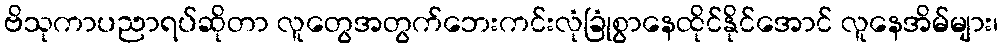
ဗိသုကာပညာရပ်ဆိုတာ လူတွေအတွက်ဘေးကင်းလုံခြုံစွာနေထိုင်နိုင်အောင် လူနေအိမ်များ၊